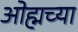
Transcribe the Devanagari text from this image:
ओह्मच्या